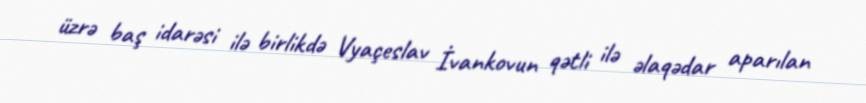
üzrə baş idarəsi ilə birlikdə Vyaçeslav İvankovun qətli ilə əlaqədar aparılan